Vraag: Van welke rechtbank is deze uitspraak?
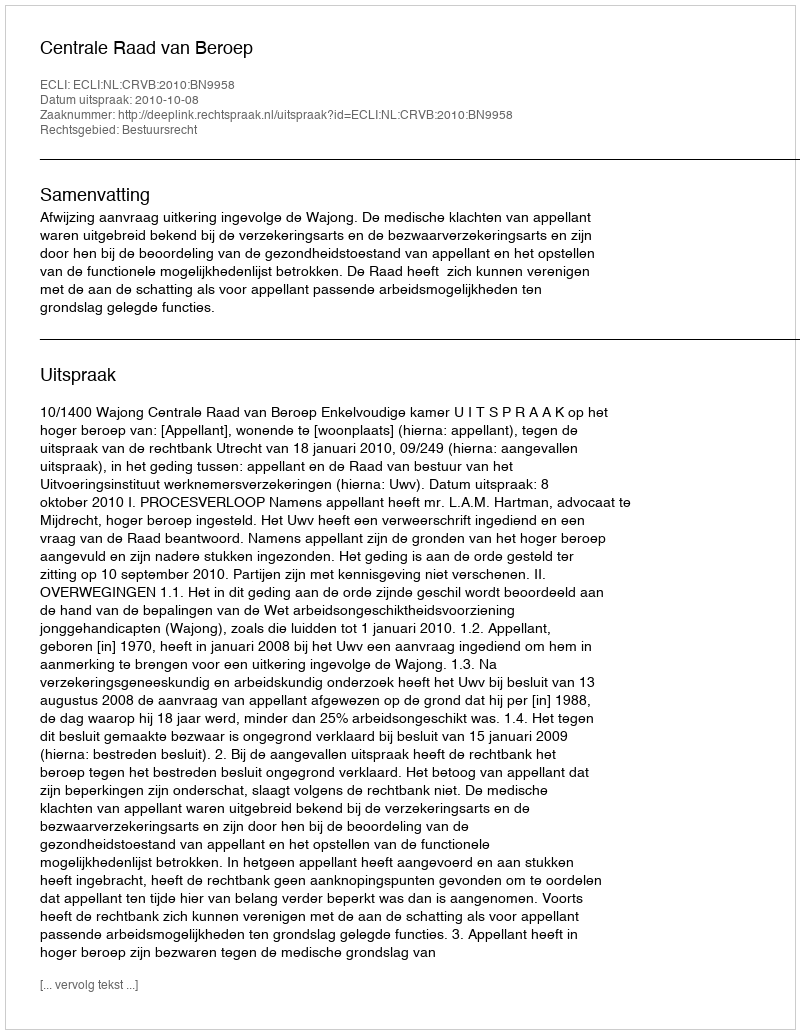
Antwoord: Centrale Raad van Beroep